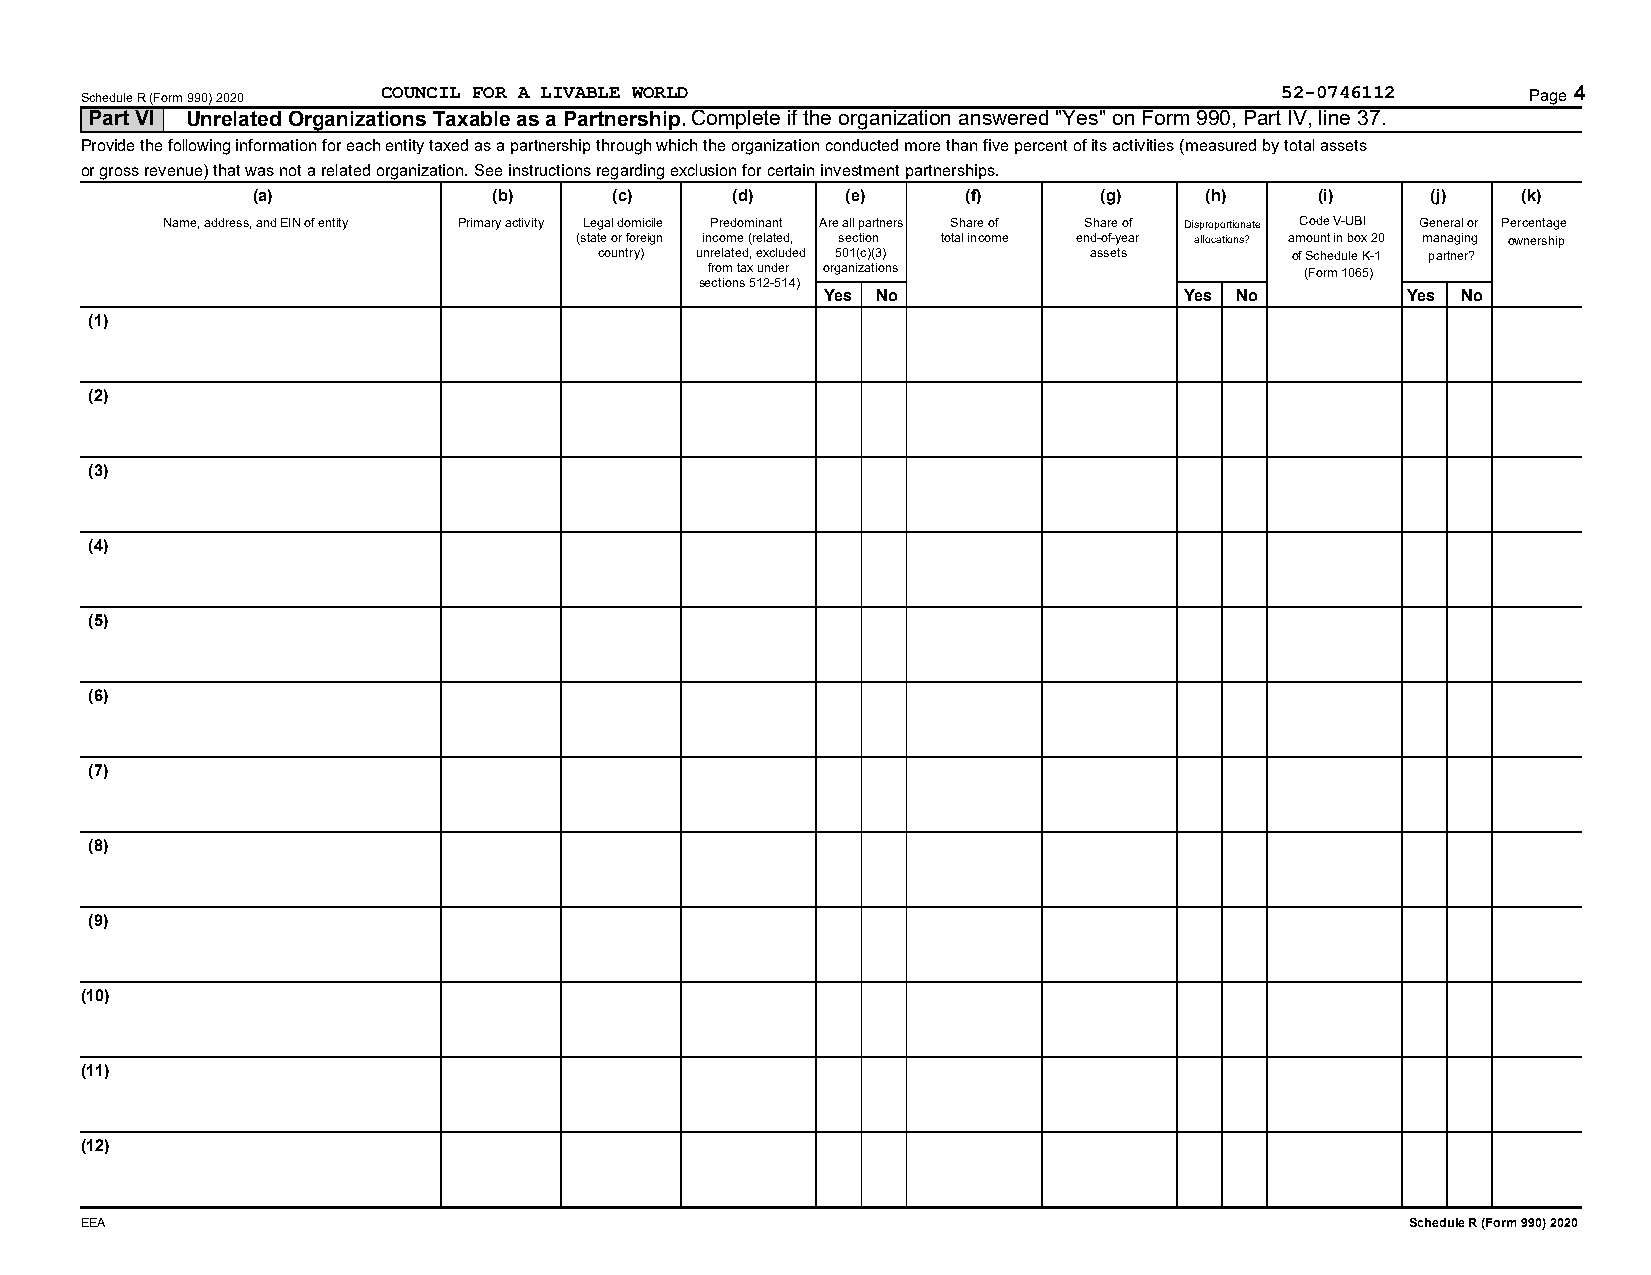
Schedule R (Form 990) 2020 COUNCIL FOR A LIVABLE WORLD                          52-0746112      Page 4
 Part VI Unrelated Organizations Taxable as a Partnership. Complete if the organization answered "Yes" on Form 990, Part IV, line 37.
 Provide the following information for each entity taxed as a partnership through which the organization conducted more than five percent of its activities (measured by total assets
 or gross revenue) that was not a related organization. See instructions regarding exclusion for certain investment partnerships.
 (a)             (b)     (c)     (d)    (e)     (f)      (g)    (h)    (i)     (j)   (k)
 Name, address, and EIN of entity Primary activity Legal domicile Predominant Are all partners Share of Share of Disproportionate Code V-UBI General or Percentage
 (state or foreign income (related, section total income end-of-year allocations? amount in box 20 managing ownership
 country) unrelated, excluded 501(c)(3) assets of Schedule K-1 partner?
 from tax under organizations           (Form 1065)
 sections 512-514)
 Yes No                  Yes No         Yes No
 (1)
 (2)
 (3)
 (4)
 (5)
 (6)
 (7)
 (8)
 (9)
 (10)
 (11)
 (12)
 EEA                                                                                     Schedule R (Form 990) 2020